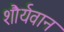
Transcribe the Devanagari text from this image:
शौर्यवान